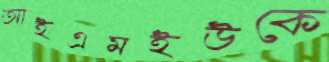
আইএমইউকে